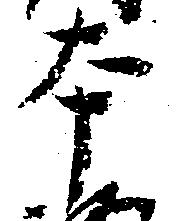
本